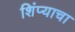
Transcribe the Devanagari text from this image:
शिंप्याचा